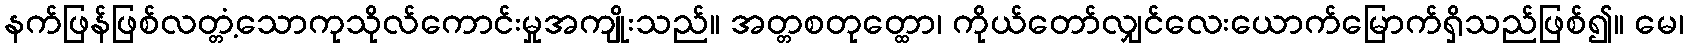
နက်ဖြန်ဖြစ်လတ္တံ့သောကုသိုလ်ကောင်းမှုအကျိုးသည်။ အတ္တစတုတ္ထော၊ ကိုယ်တော်လျှင်လေးယောက်မြောက်ရှိသည်ဖြစ်၍။ မေ၊